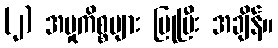
(၂) အမှုကိစ္စများ ပြုပြီး အချိန်။